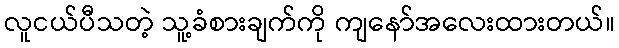
လူငယ်ပီသတဲ့ သူ့ခံစားချက်ကို ကျနော်အလေးထားတယ်။